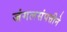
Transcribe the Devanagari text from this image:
जंगलसंपत्तीने